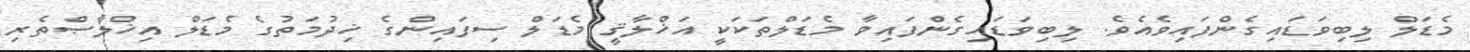
މެޑަލް ލިބިވަޑައިގެންފައިވެއެވެ. ލިބިވަޑައިގެންފައިވާ މެޑަލްތަކަކީ އަޚްލާޤީ މެޑަލް ސިފައިންގެ ޚިދުމަތުގެ މެޑަލް އިޚްލާޞްތެރި